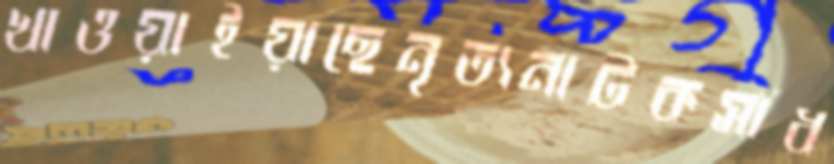
খাওয়াইয়াছেনৃত্যনাটকসাধ